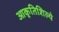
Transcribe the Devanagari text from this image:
आकृतिशिल्पे